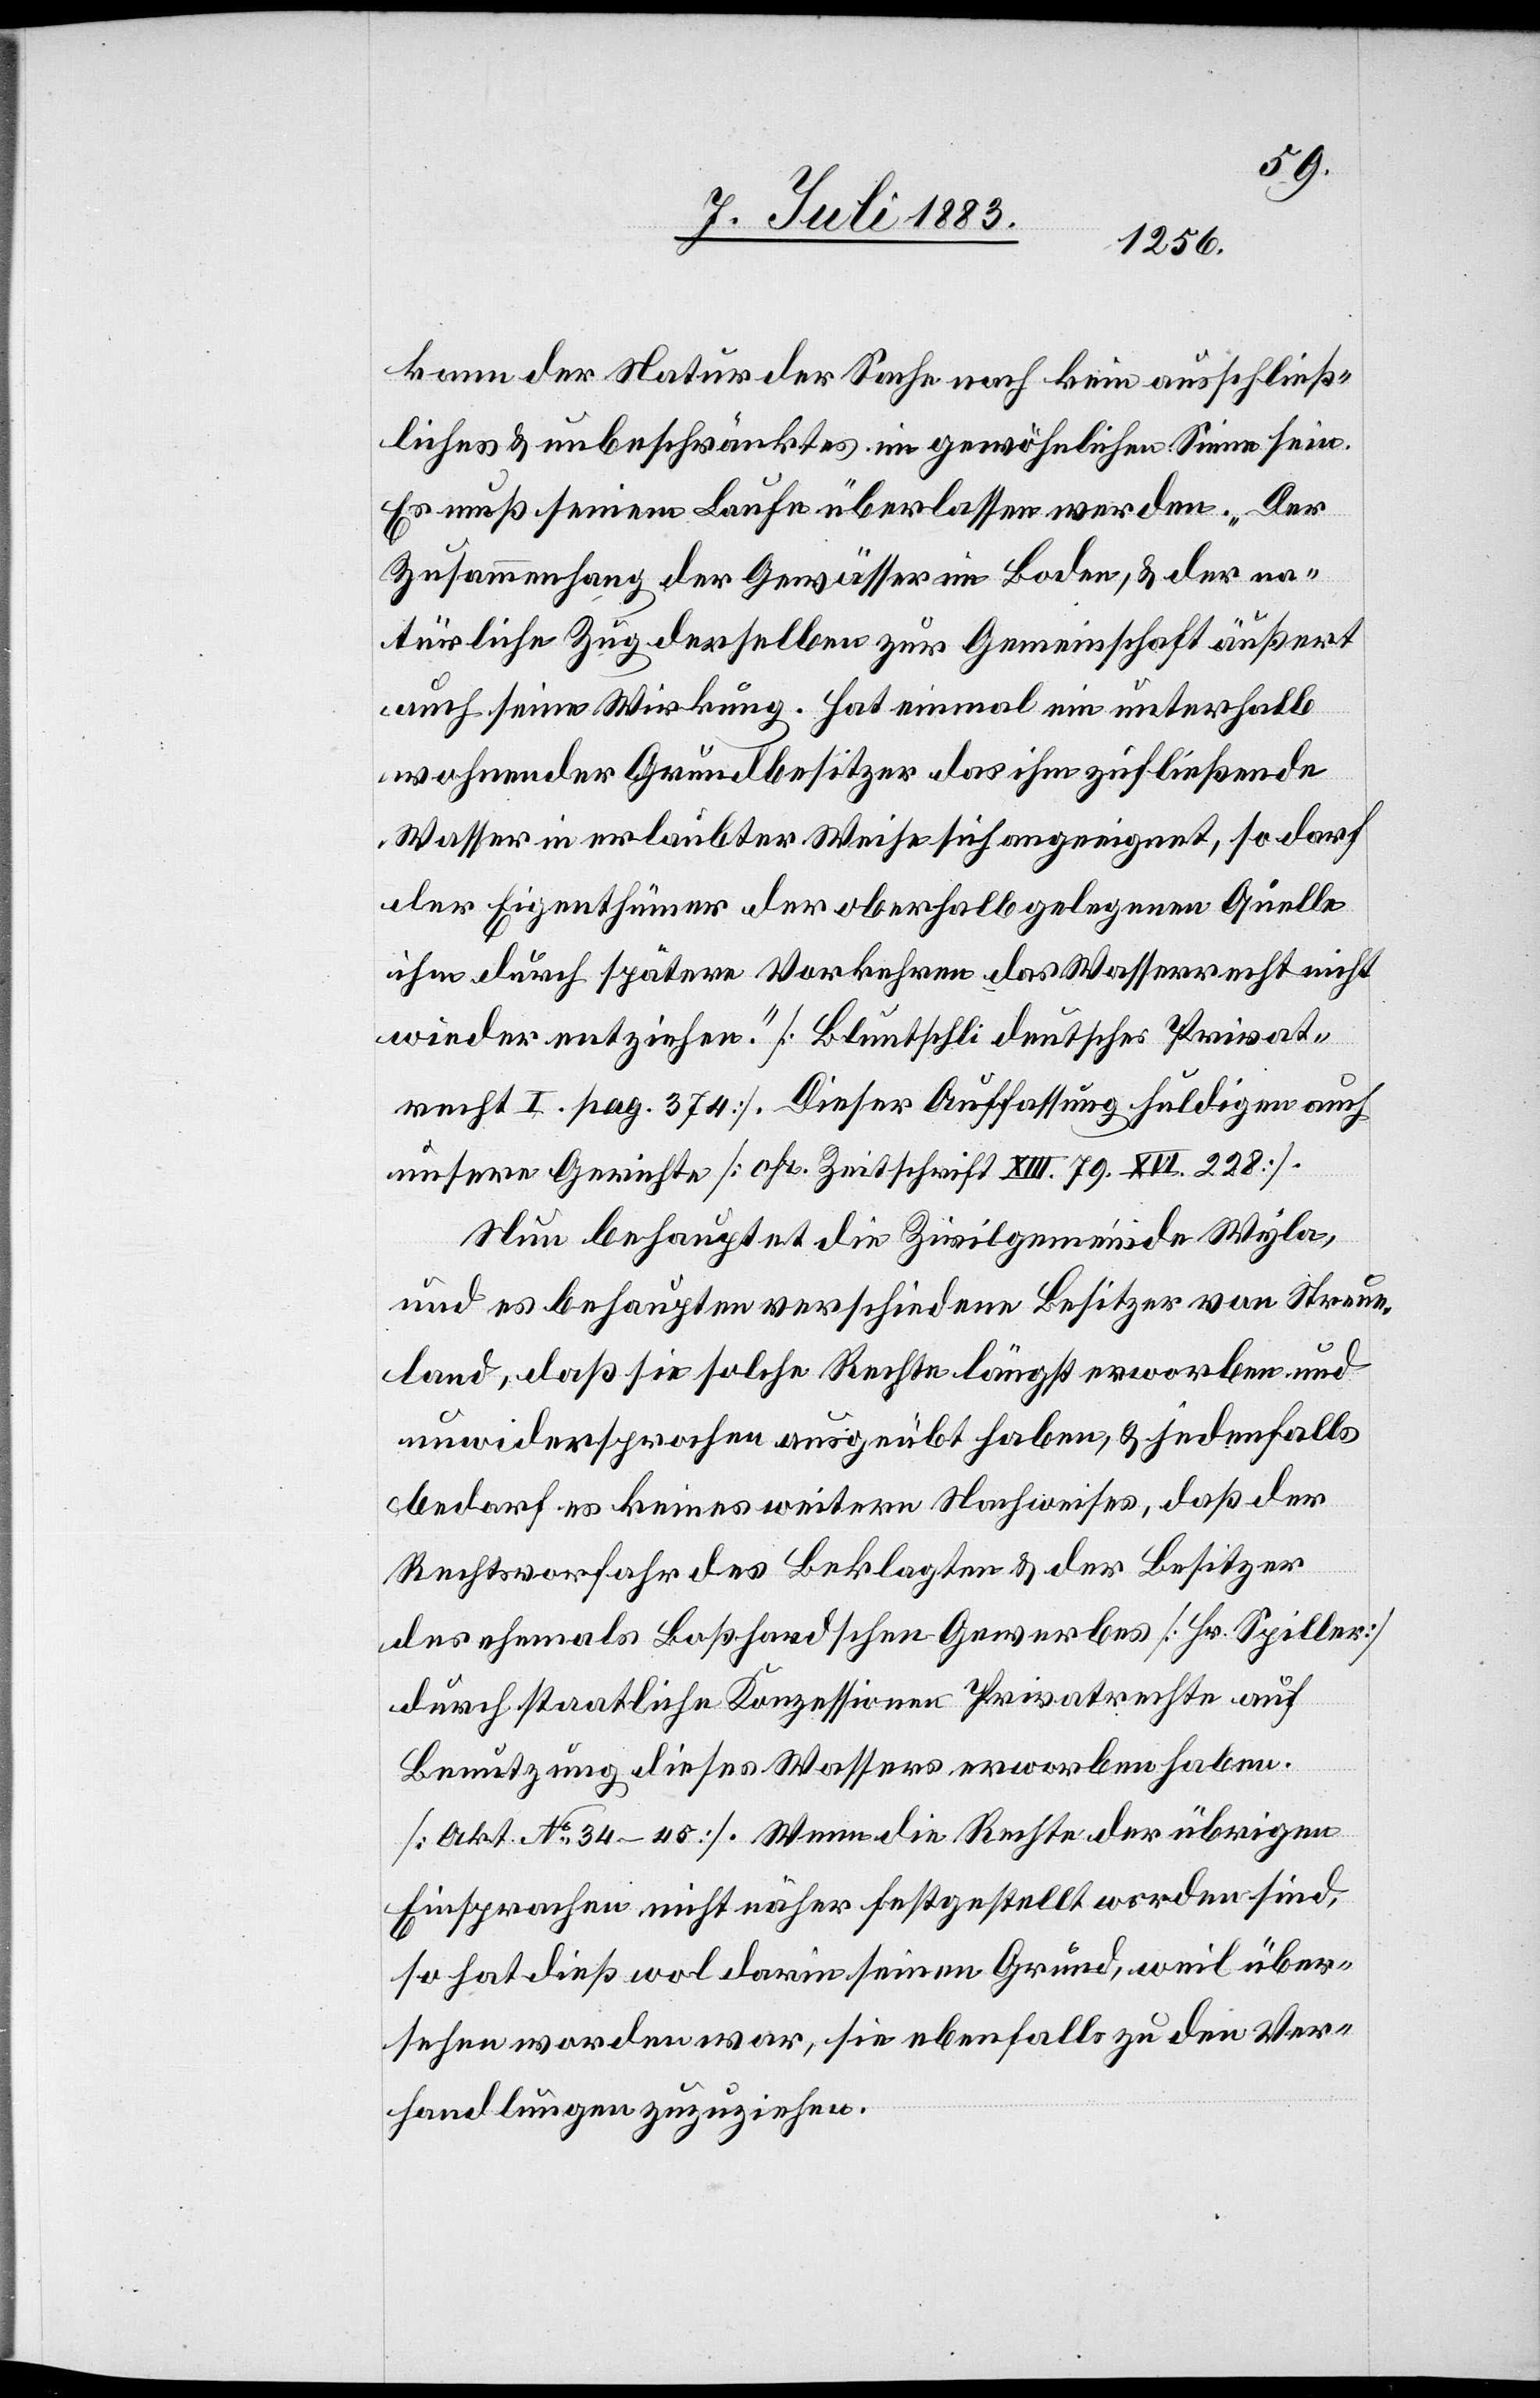
kann der Natur der Sache nach kein ausschließ¬
liches & unbeschränktes im gewöhnlichen Sinne sein.
Es muß seinem Laufe überlassen werden. „Der
Zusammenhang der Gewässer im Boden, & der na¬
türliche Zug derselben zur Gemeinschaft äußert
auch seine Wirkung. Hat einmal ein unterhalb
wohnender Grundbesitzer das ihm zufließende
Wasser in erlaubter Weise sich angeeignet, so darf
der Eigenthümer der oberhalb gelegenen Quelle
ihm durch spätere Vorkehren das Wasserrecht nicht
wieder entziehen.“ [Bluntschli deutsches Privat¬
recht I. pag. 374]. Dieser Auffassung huldigen auch
unsere Gerichte [ofr. Zeitschrift XIII. 79. XVI. 228].
Nun behauptet die Zivilgemeinde Wyla,
und es behaupten verschiedene Besitzer von Streue¬
land, daß sie solche Rechte längst erworben und
unwidersprochen ausgeübt haben, & jedenfalls
bedarf es keines weitern Nachweises, daß der
Rechtsvorfahr des Beklagten & der Besitzer
des ehemals Boßhardschen Gewerbes [Hr. Spiller]
durch staatliche Konzessionen Privatrechte auf
Benutzung dieses Wassers erworben haben.
[Art. No 34–45]. Wenn die Rechte der übrigen
Einsprachen nicht näher festgestellt worden sind,
so hat dieß wol darin seinen Grund, weil über¬
sehen worden war, sie ebenfalls zu den Ver¬
handlungen zuzuziehen.